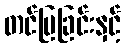
တင်ပြခြင်းနှင့်